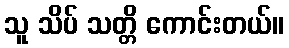
သူ သိပ် သတ္တိ ကောင်းတယ်။